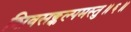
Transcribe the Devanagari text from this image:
शिवसङ्कल्पमस्तु॥६॥